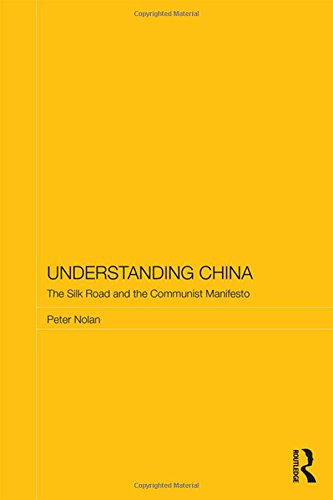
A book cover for Understanding China: The Silk Road and the Communist Manifesto (Routledge Studies on the Chinese Economy); Peter Nolan; Business & Money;